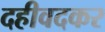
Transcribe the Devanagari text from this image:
दहीवदकर